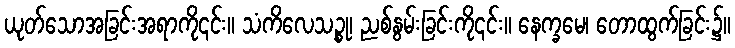
ယုတ်သောအခြင်းအရာကို၎င်း။ သံကိလေသဉ္စု၊ ညစ်နွမ်းခြင်းကို၎င်း။ နေက္ခမေ၊ တောထွက်ခြင်း၌။